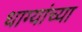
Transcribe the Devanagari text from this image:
धाग्यांच्या